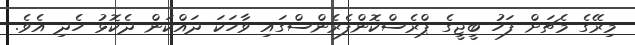
މިރޭގެ މެޗަށް ފަހު ބީޖީގެ ޕްރެސްކޮންފެރެންސްގައި ވާހަކަ ދައްކަން ދެކޮޅު ހެދި އެވެ.